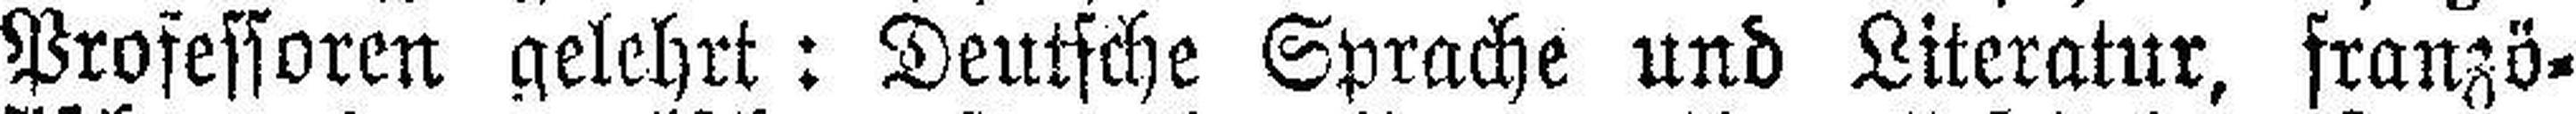
Professoren gelehrt: Deutsche Sprache und Literatur, franzö¬